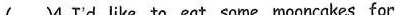
( )4.I'd like to eat some mooncakes for